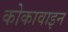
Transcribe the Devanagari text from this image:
कोकावाइन